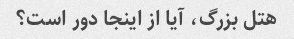
هتل بزرگ، آیا از اینجا دور است؟